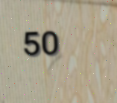
50